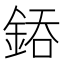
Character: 𨧐